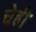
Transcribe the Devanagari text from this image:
चेही